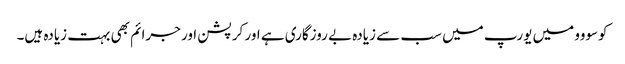
کوسووو میں یورپ میں سب سے زیادہ بے روزگاری ہے اور کرپشن اور جرائم بھی بہت زیادہ ہیں۔